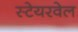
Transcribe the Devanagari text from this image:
स्टेयरवेल